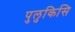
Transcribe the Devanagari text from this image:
पुलुकिसि